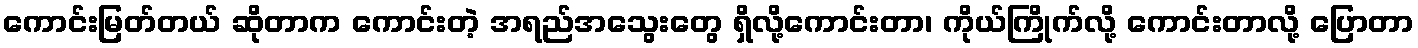
ကောင်းမြတ်တယ် ဆိုတာက ကောင်းတဲ့ အရည်အသွေးတွေ ရှိလို့ကောင်းတာ၊ ကိုယ်ကြိုက်လို့ ကောင်းတာလို့ ပြောတာ